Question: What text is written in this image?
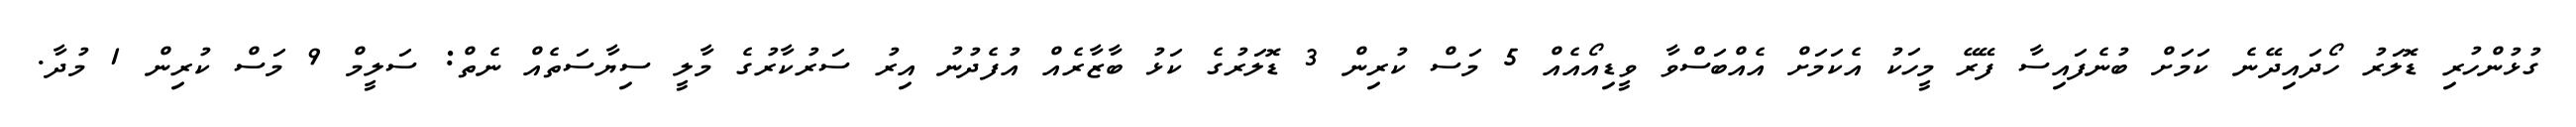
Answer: ގުޅުންހުރި ޑޮލަރު ހޯދައިދޭނެ ކަމަށް ބުނެފައިސާ ފޭރޭ މީހަކު އެކަމަށް އެއްބަސްވާ ވީޑިއޯއެއް 5 މަސް ކުރިން 3 ޑޮލަރުގެ ކަޅު ބާޒާރެއް އުފެދުނު އިރު ސަރުކާރުގެ މާލީ ސިޔާސަތެއް ނެތް: ސަލީމް 9 މަސް ކުރިން 1 މުދާ.